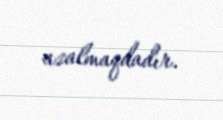
azalmaqdadır.